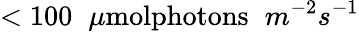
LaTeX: <100\phantom{x}\mu\textrm{molphotons}\phantom{x}m^{-2}s^{-1}